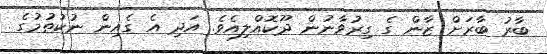
ބާރު ބާރަށް ޒާން ގެ ގިރުވާނުން ދޫކޮއްލިއެވެ. އަދި އެ ގެއިން ނުކުތުމުގެ